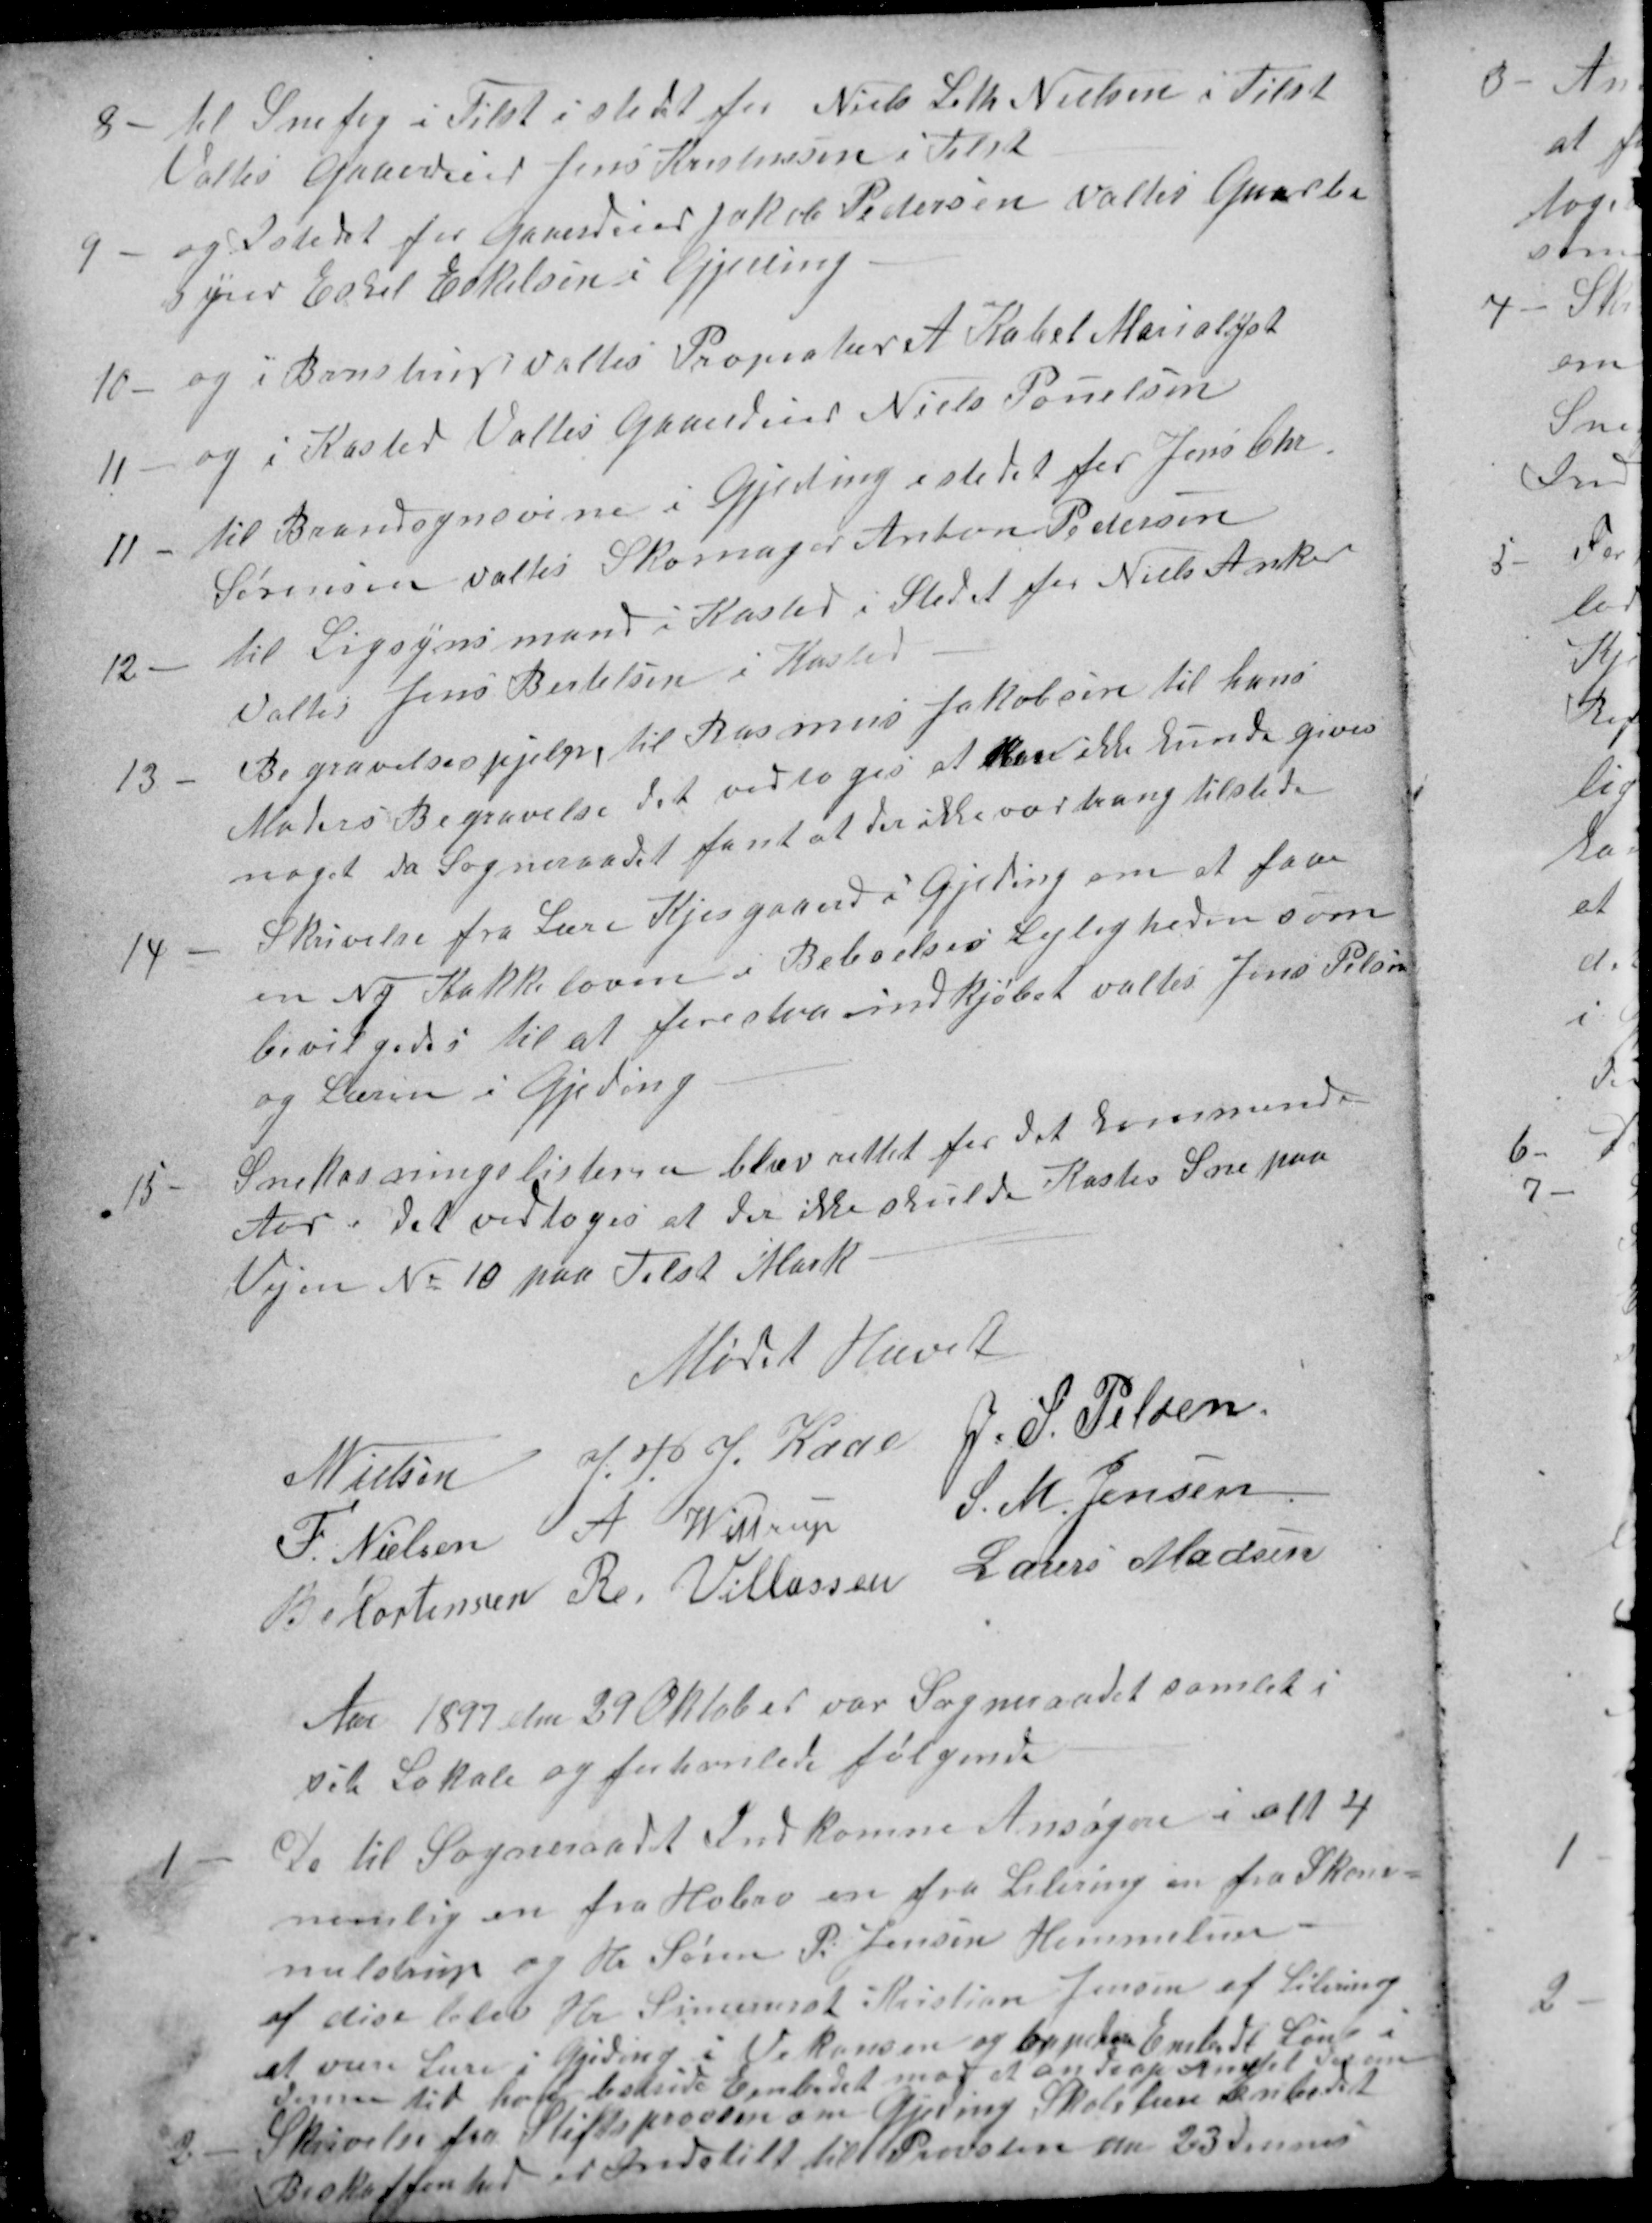
Transskription:
8
til Snefog i Tilst i stedet for Niels Leth Nielsen i Tilst
Valtes Gaaerdeier Jens Kristensen i Tilst
9
og Istedet for Gaaerdeier Jakob Pedersen valtes Gaarbe
styrer Eskel Eskelsen i Gjeding
10
og i Brenstrup valtes Probiatær A Kabel Marialyst
11
og i Kasted Valtes Gaaerdeier Niels Pouelsen
11
til Brandsynsvine i Gjeding i stedet for Jens Chr
Sørensen valtes Skomager Anton Pedersen
12
til Ligsynsmand i Kasted i Stedet for Niels Anker
Valtes Jens Bertelsen i Kasted
13
Begravelseshjelpen til Rasmus Jakobsen til hans
Moders Begravelse det vedtoges at han ikke kunde gives
noget da Sogneraadet fant at der ikke var trang tilstede
14
Skrivelse fra Lære Kjesgaard i Gjeding om at faae
en Ny Kakkelovn i Beboelses Lejligheden som
bevilgedes til at forestaa indkjøbet valtes Jens Pelsen
og Læren i Gjeding
15
Snekasningslisterne blev rettet for det kommende
Aar. det vedtoges at der ikke skulde Kastes Sne paa
Vejen № 10 paa Tilst Mark
Mødet Hævet
Nielsen N
J. P.J. Kaae 
J. S. Pelsen
F. Nielsen 
A Wittrup
S. M. Jensen
B Mortensen 
R. Villassen 
Lauers Madsen
Aar 1897 den 29 Oktober var Sogneraadet samlet i
sit Lokale og forhanlede følgende
1
De til Sogneraadet Indkomne Ansøgere i alt 4
nemlig en fra Hobro en fra Lilering en fra Skom-
melstrup og Hr. Søren P. Jensen Hemmelev -
af dise blev Hr. Simenarist Kristian Jensen af Lilering
at være Lære i Gjeding i Vakansen og oppebære Embeds Løn i
denne tid han beside Embedet mod at andrag Amtet derom
2
Skrivelse fra Stiftsproven om Gjeding Skolelære Embedet
Beskaffenhed er Indstilt til Provsten den 23 dennes